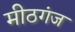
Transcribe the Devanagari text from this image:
मीठगंज